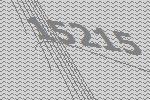
15215